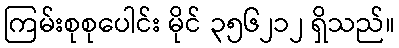
ကြမ်းစုစုပေါင်း မိုင် ၃၅၆၂၁၂ ရှိသည်။